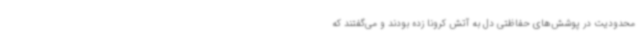
محدودیت در پوشش‌های حفاظتی دل به آتش کرونا زده بودند و می‌گفتند که